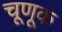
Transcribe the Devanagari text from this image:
चूणूक